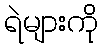
ရဲများကို